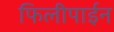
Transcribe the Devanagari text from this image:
फिलीपाईन